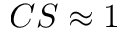
C S \approx 1